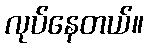
လုပ်နေတယ်။